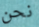
نحن